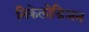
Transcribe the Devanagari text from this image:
निकेलोडिअन